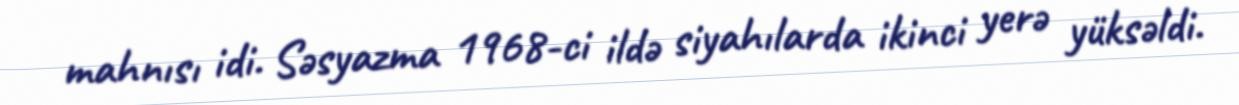
mahnısı idi. Səsyazma 1968-ci ildə siyahılarda ikinci yerə yüksəldi.